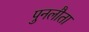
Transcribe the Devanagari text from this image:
पुनलौता